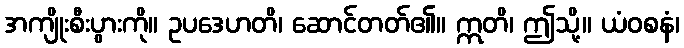
အကျိုးစီးပွားကို။ ဥပဒေဟတိ၊ ဆောင်တတ်၏။ ဣတိ၊ ဤသို့။ ယံဝစနံ၊